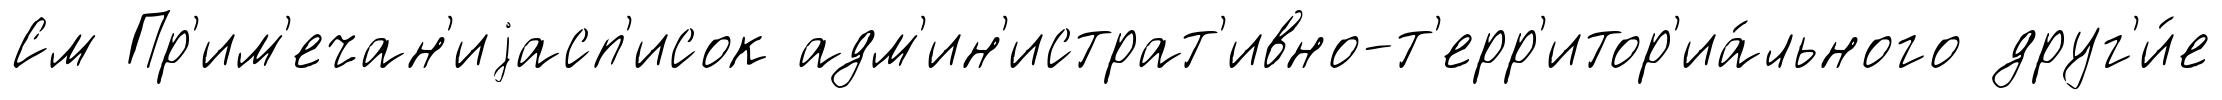
См Пр'им'ечан'иjасп'исок адм'ин'истрат'ивно-т'ерр'итор'иа́льного друг'и́е